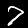
Label: 7